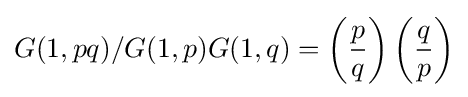
{G(1,pq)/G(1,p)G(1,q)=\left({p \over q}\right)\left({q \over p}\right)}